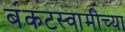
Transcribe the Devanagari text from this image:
बंकटस्वामीच्या